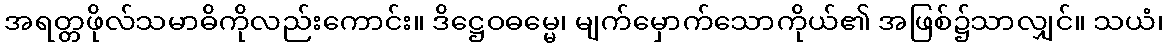
အရတ္တဖိုလ်သမာဓိကိုလည်းကောင်း။ ဒိဋ္ဌေဝဓမ္မေ၊ မျက်မှောက်သောကိုယ်၏ အဖြစ်၌သာလျှင်။ သယံ၊